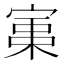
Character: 𡩪